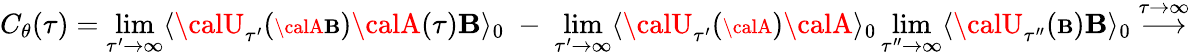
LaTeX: C_{\theta}(\tau)=\operatorname*{lim}_{\tau^{\prime}\rightarrow\infty}\langle{\calU}_{\tau^{\prime}}({\scriptstyle{\calA\mathbf{B}}}){\calA}(\tau){\cal\mathbf{B}}\rangle_{0}\; -\; \operatorname*{lim}_{\tau^{\prime}\rightarrow\infty}\langle{\calU}_{\tau^{\prime}}({\scriptstyle{\calA}}){\calA}\rangle_{0}\operatorname*{lim}_{\tau^{\prime\prime}\rightarrow\infty}\langle{\calU}_{\tau^{\prime\prime}}({\scriptstyle{\cal\mathbf{B}}}){\cal\mathbf{B}}\rangle_{0}\stackrel{\tau\rightarrow\infty}{\longrightarrow}